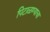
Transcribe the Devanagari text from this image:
पिटाळण्याचा